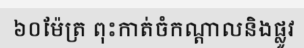
៦០ម៉ែត្រ ពុះកាត់ចំកណ្តាលនិងផ្លូវ